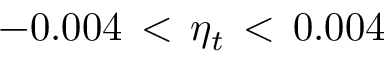
- 0 . 0 0 4 \, < \, \eta _ { t } \, < \, 0 . 0 0 4